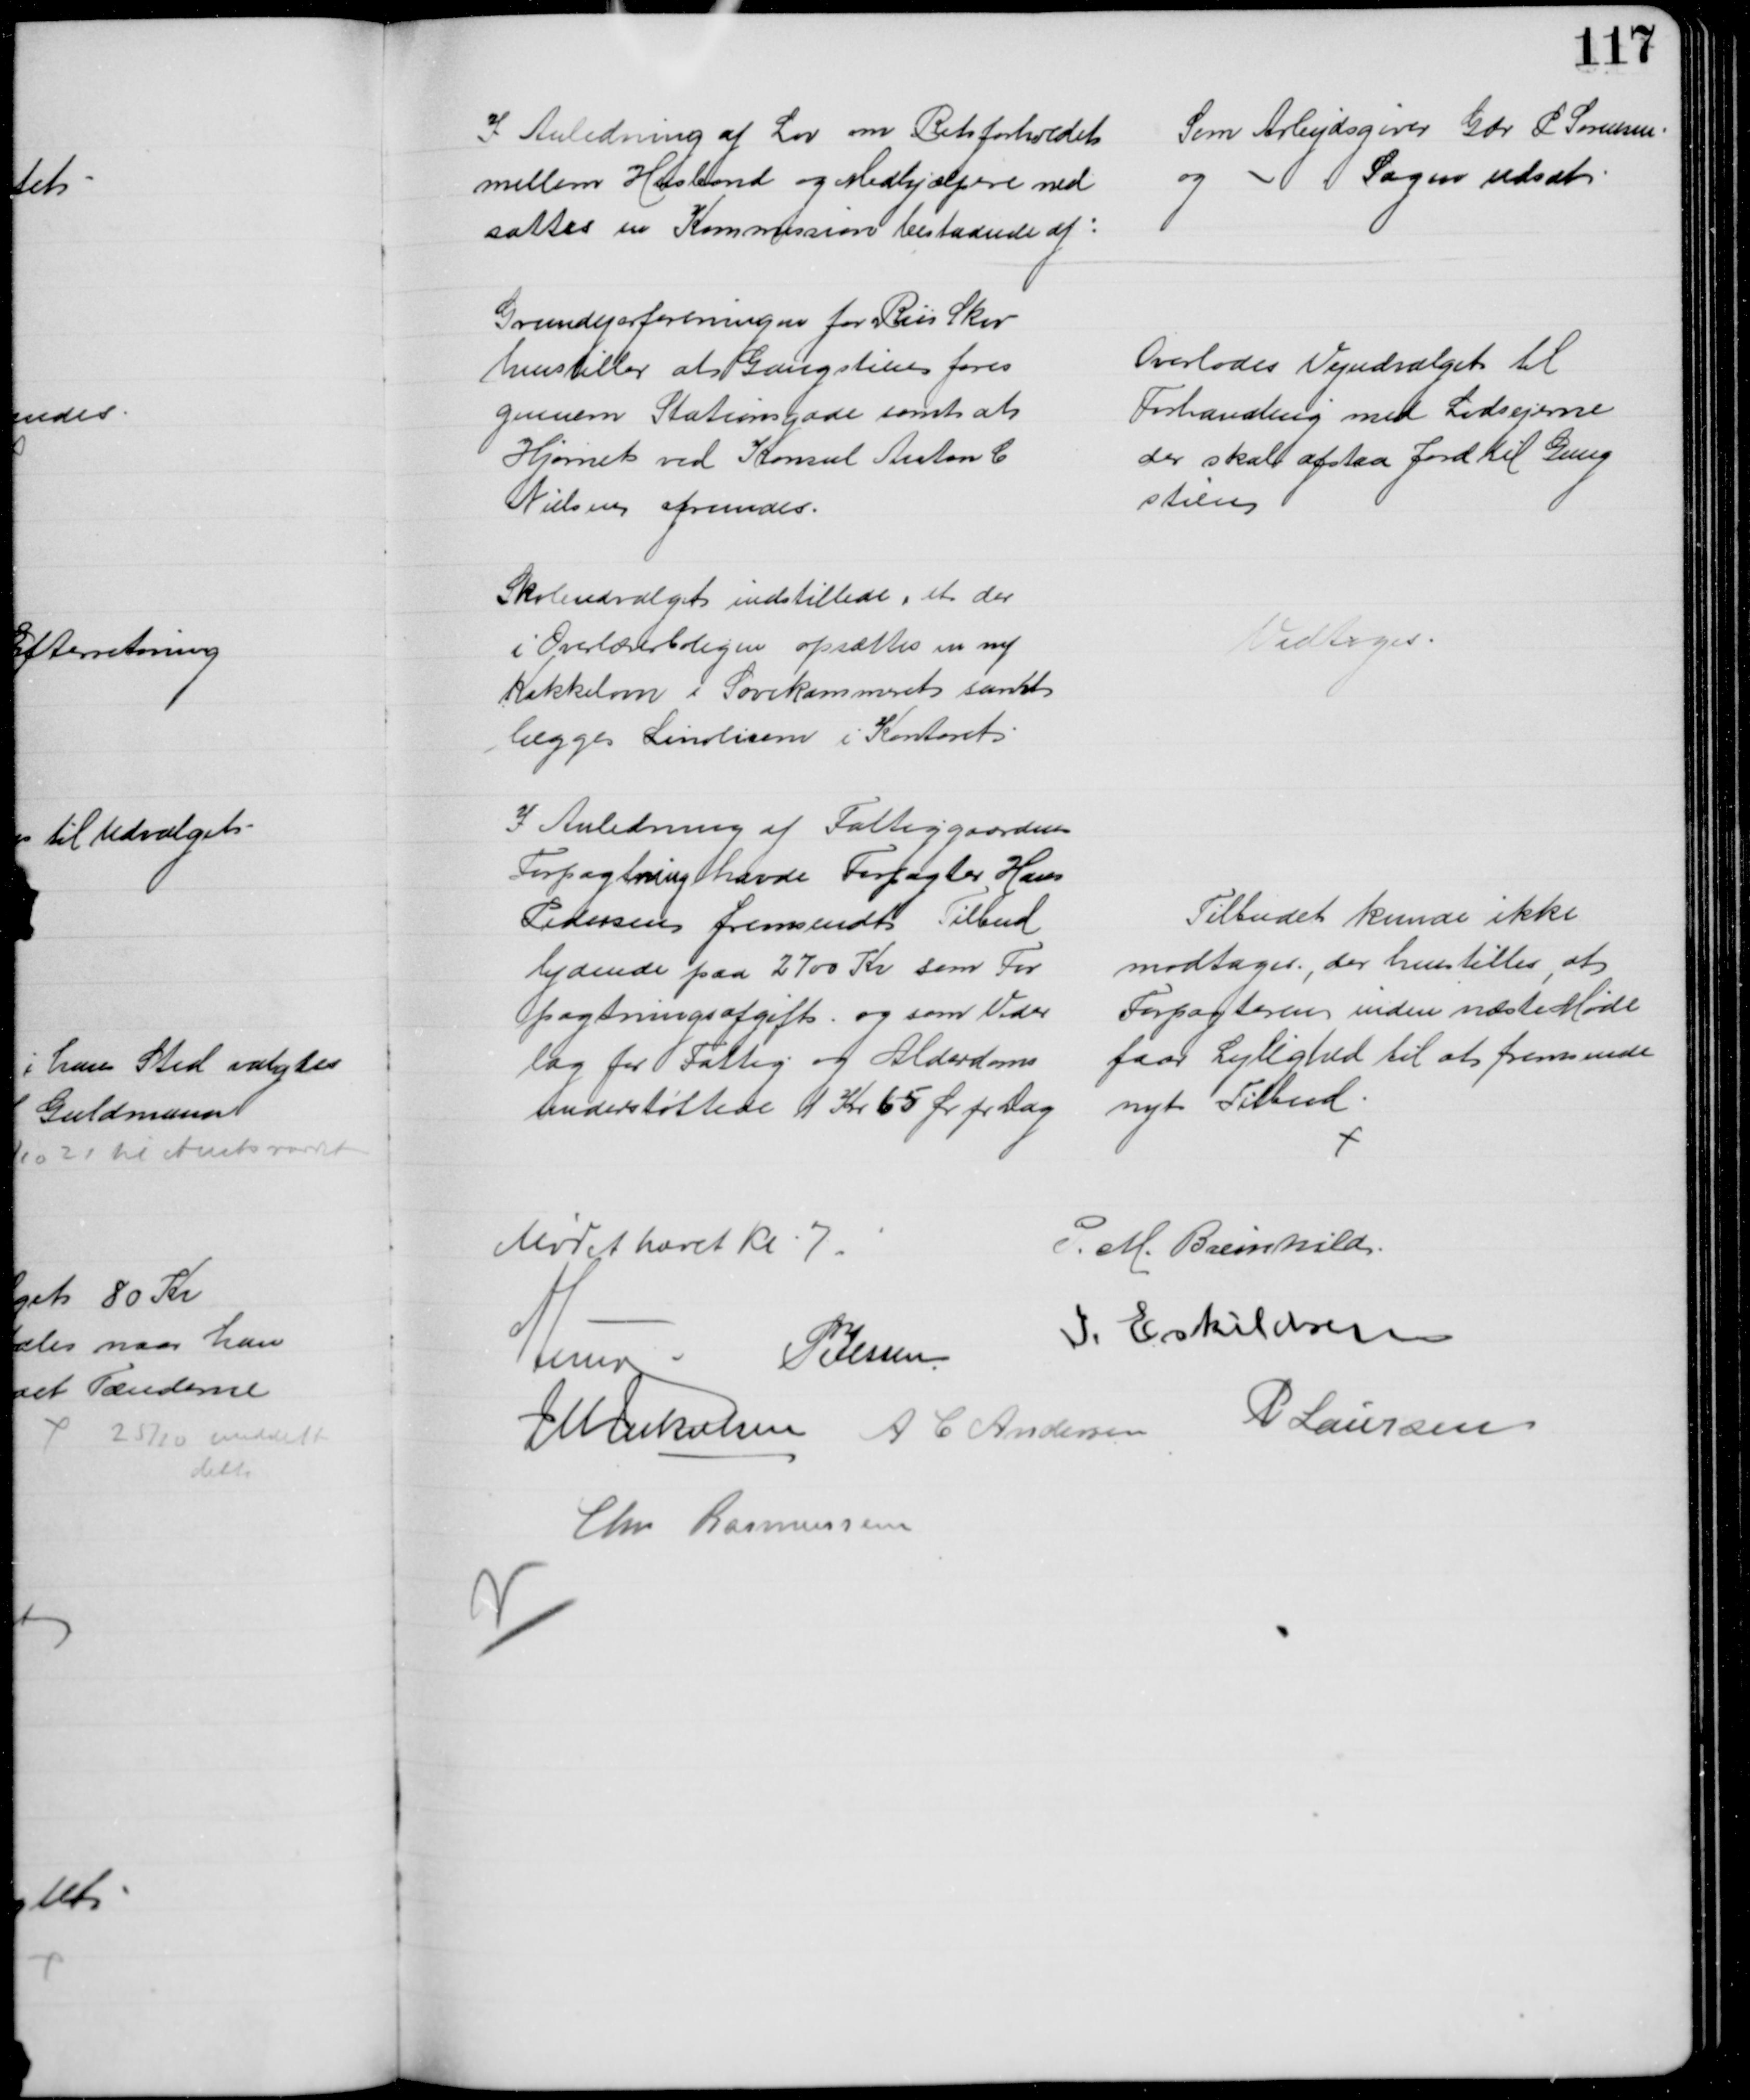
Transskription:
I Anledning af Lov om Retsforholdet
mellem Husbond og Medhjælpere ned
sættes en Kommission bestaaende af:
Som Arbejdsgiver Gdr P Sørensen
og
Sagen udsat
Grundejerforeningen for Riis Skov
henstiller at Gangstien føres
gennem Stationsgade samt at 
Hjørnet ved Konsul Anton C
Nielsen afrundes.
Overlodes Vejudvalget til 
Forhandling med Lodsejerne
der skal afstaa Jord til Gang
stien
Skoleudvalget indstillede, at der 
i Overlærerboligen opsættes en ny 
Kakkelovn i Sovekammeret samt 
lægges Linolium i Kontoret
Vedtoges
I Anledning af Fattiggaardens
Forpagtning havde Forpagter Hans
Pedersen fremsendt Tilbud
lydende paa 2700 Kr som For
pagtningsafgift og som Veder
lag for Fattig og Alderdoms
understøttede 1 Kr 65 Ør pr Dag
Tilbudet kunde ikke
modtages., der henstilles, at 
Forpagteren inden næste Møde
faar Lejlighed til at fremsende
nyt Tilbud
Mødet hævet Kl 7.
P. M. Breinhild
A Lund
P Jessen
J. Eskildsen
J M Jakobsen 
A C Andersen 
P Laursen
Chr. Rasmussen